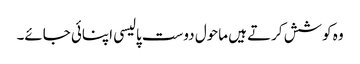
وہ کوشش کرتے ہیں ماحول دوست پالیسی اپنائی جائے۔